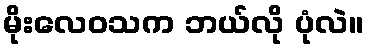
မိုးလေဝသက ဘယ်လို ပုံလဲ။